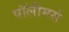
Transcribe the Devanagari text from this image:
पॉलीमर्स